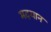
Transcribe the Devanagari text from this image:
मदयान